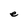
Character: e